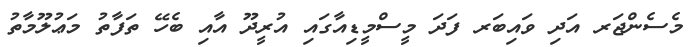
މެސެންޖަރ އަދި ވައިބަރ ފަދަ މީސްމީޑިއާގައި އުރީދޫ އާއި ބެހޭ ތަފާތު މަޢުލޫމާތު